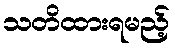
သတိထားရမည့်